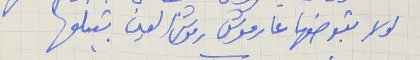
لولا بتوضعها عارموش      رموش العين بتبلعها